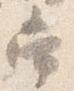
常